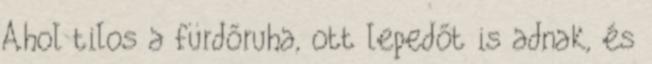
Ahol tilos a fürdőruha, ott lepedőt is adnak, és